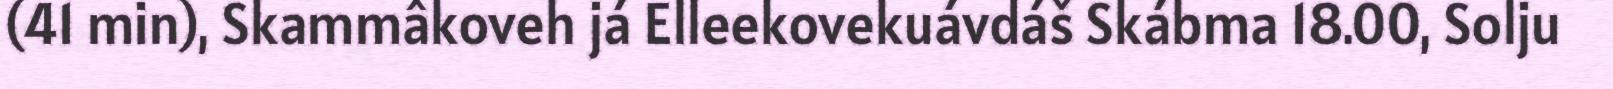
(41 min), Skammâkoveh já Elleekovekuávdáš Skábma 18.00, Solju